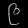
Digit: ၉